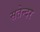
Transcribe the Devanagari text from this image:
सतेन्दर